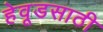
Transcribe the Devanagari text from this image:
हेवूडसाठी